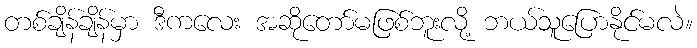
တစ်ချိန်ချိန်မှာ ဒီကလေး အဆိုတော်မဖြစ်ဘူးလို့ ဘယ်သူပြောနိုင်မလဲ။